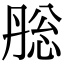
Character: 㥖